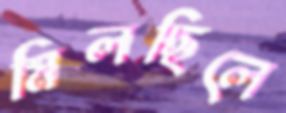
মিলছিলে